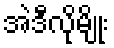
အဲဒီလိုမျိုး